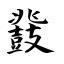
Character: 鼗